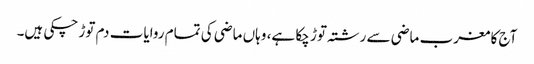
آج کا مغرب ماضی سے رشتہ توڑ چکا ہے، وہاں ماضی کی تمام روایات دم توڑ چکی ہیں۔